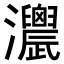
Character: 𤅌